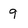
Character: 9